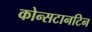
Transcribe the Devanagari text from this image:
कोन्सटानटिन